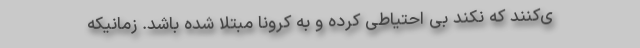
ی‌کنند که نکند بی احتیاطی کرده و به کرونا مبتلا شده باشد. زمانیکه